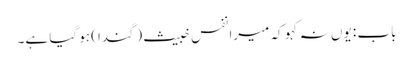
باب : یوں نہ کہو کہ میرا نفس خبیث (گندا) ہو گیا ہے۔